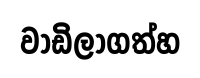
වාඩිලාගත්හ